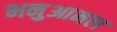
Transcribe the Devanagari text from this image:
भनुआमल